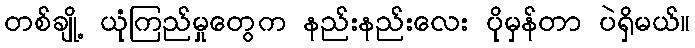
တစ်ချို့ ယုံကြည်မှုတွေက နည်းနည်းလေး ပိုမှန်တာ ပဲရှိမယ်။